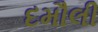
દમૌલી